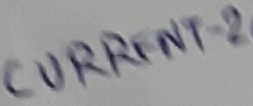
Text: CURFENT-2